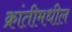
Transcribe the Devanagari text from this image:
क्रांतीमधील